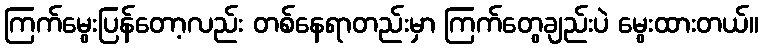
ကြက်မွေးပြန်တော့လည်း တစ်နေရာတည်းမှာ ကြက်တွေချည်းပဲ မွေးထားတယ်။